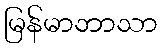
မြန်မာဘာသာ